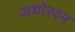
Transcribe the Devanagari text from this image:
अधोरदन